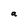
Character: a